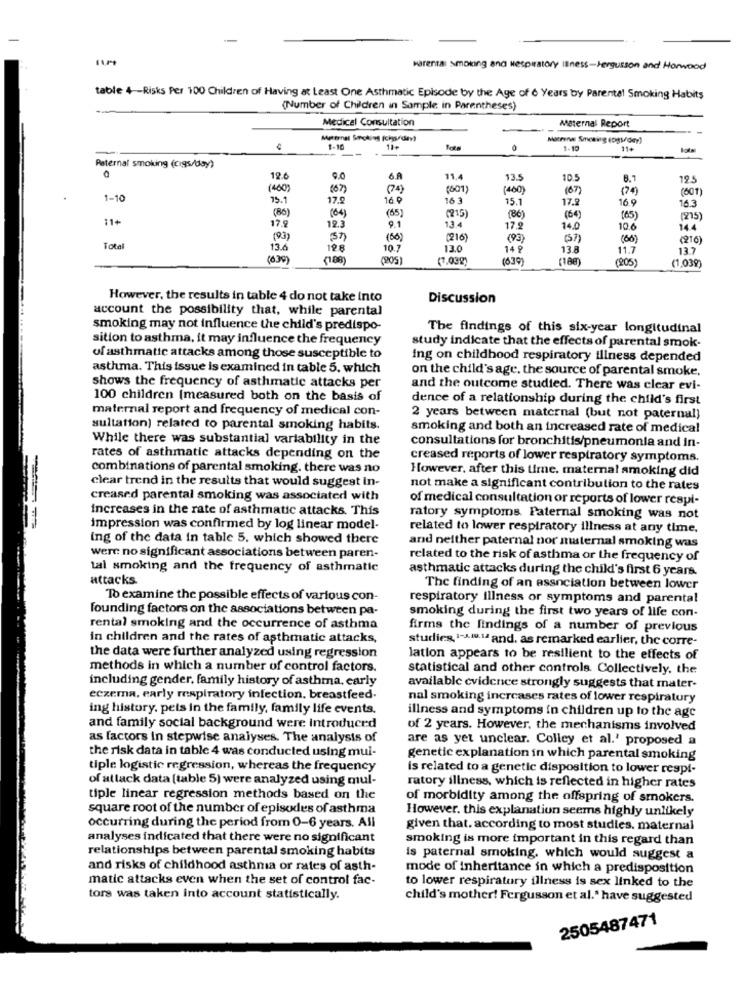
Harental smoking and Respiratory Iliness-Fergusson and Horwood
table 4 -- Risks Per 100 Children of Having at Least One Asthmatic Episode by the Age of 6 Years by Parental Smoking Habits
(Number of Children in Sample in Parentheses)
Medical Consultation
Maternal Report
Maternel Smoking Ichyourday)
women Smoking (ps/day)
1-10
11+
1-10
11+
Paternal smokung (cigs/day)
12.6
9.0
6.A
11.4
13.5
10.5
8.7
12.5
(400)
(6)
(74)
(601)
(400)
(6)
(601)
1-10
15.1
17.9
16.9
16 3
15.1
17.2
16.9
16.3
(86)
(65)
11+
(64)
(215)
(86)
(64)
(65)
17.9
12.3
9.1
13.4
17,9
14.0
10.6
14.4
(93)
(50)
(216)
(93)
(3)
(60)
(216
Total
13.6
198
10.7
13.0
14 ₽
13.8
11.7
13.7
(63
-
(7.03g)
(639
(180)
(205
(1,039)
However, the results in table 4 do not take into
Discussion
account the possibility that, while parental
smoking may not influence the child's predispo-
The findings of this six-year longitudinal
sition to asthma, it may influence the frequency
study indicate that the effects of parental smok-
of asthmatic attacks among those susceptible to
ing on childhood respiratory iliness depended
asthma. This issue is examined in table 5. which
on the child's age, the source of parental smoke.
shows the frequency of asthmatic attacks per
and the outcome studied. There was clear evi-
100 children (measured both on the basis of
dence of a relationship during the child's first
maternal report and frequency of medical con-
2 years between maternal (but not paternal)
sultation) related to parental smoking habits.
smoking and both an increased rate of medical
While there was substantial variability in the
consultations for bronchitis/pneumonia and in-
rates of asthmatic attacks depending on the
creased reports of lower respiratory symptoms.
combinations of parental smoking. there was no
However, after this time. maternal smoking did
clear trend in the results that would suggest in-
not make a significant contribution to the rates
creased parental smoking was associated with
of medical consultation or reports of lower respl-
increases in the rate of asthmatic attacks. This
ratory symptoms. Paternal smoking was not
impression was confirmed by log linear model-
related to lower respiratory illness at any time.
ing of the data in table 5. which showed there
and neither paternal nor maternal smoking was
were no significant associations between paren-
related to the risk of asthma or the frequency of
tal smoking and the frequency of asthmatic
asthmatic attacks during the child's first 6 years.
attacks.
The finding of an association between lower
To examine the possible effects of various con-
respiratory illness or symptoms and parental
founding factors on the associations between pa-
smoking during the first two years of life con-
rental smoking and the occurrence of asthma
firms the findings of a number of previous
in children and the rates of asthmatic attacks,
studies, 1-A.M.14 and, as remarked earlier, the corre-
the data were further analyzed using regression
lation appears to be resilient to the effects of
methods in which a number of control factors.
statistical and other controls. Collectively, the
including gender, family history of asthma, carly
available evidence strongly suggests that mater-
eczema, early respiratory infection. breastfeed.
nal smoking increases rates of lower respiratory
ing history, pets in the family, family life events.
illness and symptoms in children up to the age
and family social background were introduced
of 2 years. However, the mechanisms involved
as factors in stepwise analyses. The analysis of
are as yet unclear. Colley et al.' proposed a
the risk data in table 4 was conducted using mui-
genetic explanation in which parental smoking
tiple logistic regression, whereas the frequency
is related to a genetic disposition to lower respi-
of atlack data [table 5) were analyzed using mul-
ratory illness, which is reflected in higher rates
tiple linear regression methods based on the
of morbidity among the offspring of smokers.
square root of the number of episodes of asthma
However, this explanation seems highly unlikely
occurring during the period from 0-6 years. All
given that. according to most studies. maternal
analyses indicated that there were no significant
smoking is more important in this regard than
relationships between parental smoking habits
is paternal smoking, which would suggest a
and risks of childhood asthma or rates of asth-
mode of inheritance in which a predisposition
matic attacks even when the set of control fac-
to lower respiratory illness is sex linked to the
tors was taken into account statistically.
child's mother! Fergusson et al." have suggested
2505487471